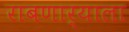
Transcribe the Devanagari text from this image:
राबणार्‍याला